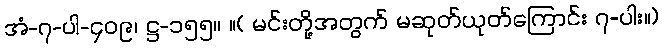
အံ-၇-ပါ-၄၀၉၊ ဋ္ဌ-၁၅၅။ ။( မင်းတို့အတွက် မဆုတ်ယုတ်ကြောင်း ၇-ပါး။)